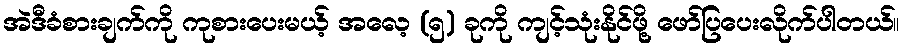
အဲဒီခံစားချက်ကို ကုစားပေးမယ့် အလေ့ (၅) ခုကို ကျင့်သုံးနိုင်ဖို့ ဖော်ပြပေးလိုက်ပါတယ်။